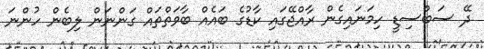
ދޭ ސަބްސިޑީ ހިމަނައިގެން ރާއްޖޭގައި ކާޑުގެ ބައެއް ބާވަތްތައް ގަންނަން ލިބެން ހުންނަ